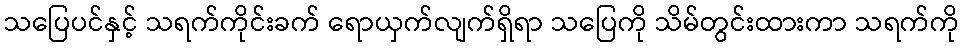
သပြေပင်နှင့် သရက်ကိုင်းခက် ရောယှက်လျက်ရှိရာ သပြေကို သိမ်တွင်းထားကာ သရက်ကို